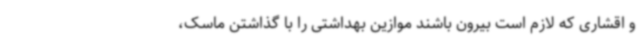
و اقشاری که لازم است بیرون باشند موازین بهداشتی را با گذاشتن ماسک،